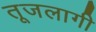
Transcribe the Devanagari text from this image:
तूजलागी